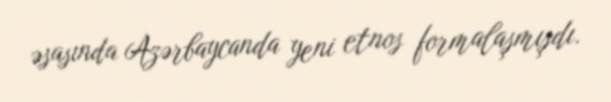
əsasında Azərbaycanda yeni etnos formalaşmışdı.